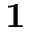
{ \bf 1 }